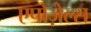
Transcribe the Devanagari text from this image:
एपोज़ेल्स